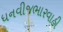
ધનવીજભારવાહી